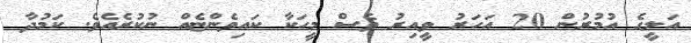
އަލީގެ އުމުރުން 20 އަހަރު ވީއިރު ވެސް މީހަކާ ކައިވެންޏެއް ނުކުރެއެވެ. ކަމުދާ